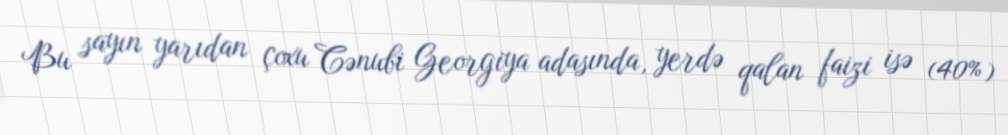
Bu sayın yarıdan çoxu Cənubi Georgiya adasında, yerdə qalan faizi isə (40%)